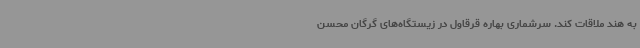
به هند ملاقات کند. سرشماری بهاره قرقاول در زیستگاه‌های گرگان محسن